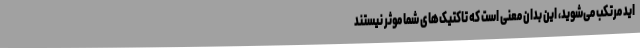
اید مرتکب می‌شوید، این بدان معنی است که تاکتیک‌های شما موثر نیستند